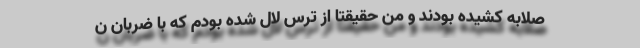
صلّابه کشیده بودند و من حقیقتاً از ترس لال شده بودم که با ضربان ن